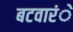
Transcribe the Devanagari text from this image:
बटवारंे